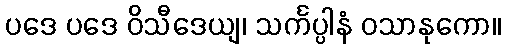
ပဒေ ပဒေ ဝိသီဒေယျ၊ သင်္ကပ္ပါနံ ဝသာနုကော။